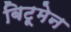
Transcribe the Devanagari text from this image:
बिटूमेन